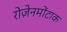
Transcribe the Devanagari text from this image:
रोज़ेनमोंटाक